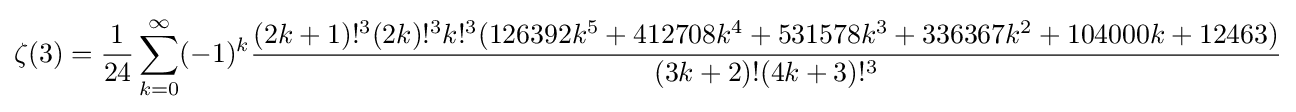
\zeta (3)={\frac {1}{24}}\sum _{k=0}^{\infty }(-1)^{k}{\frac {(2k+1)!^{3}(2k)!^{3}k!^{3}(126392k^{5}+412708k^{4}+531578k^{3}+336367k^{2}+104000k+12463)}{(3k+2)!(4k+3)!^{3}}}